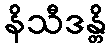
နိသီဒန္တိ